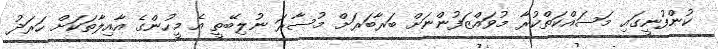
ކުންފުނީގައި މަސައްކަތްކުރާ މުވައްޒަފުންނަށް ބަރާބަރަށް މުސާރަ ނުލިބޭތީ އެ މީހުންގެ އާއިލާތަކަށް ހަރަދު